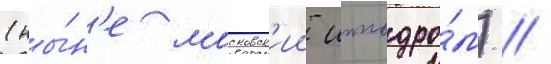
(ны́н'е московск'ии ипподро́м) //